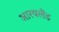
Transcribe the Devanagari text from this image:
आरयलैंड